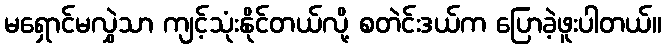
မရှောင်မလွှဲသာ ကျင့်သုံးနိုင်တယ်လို့ စတဲင်းဒယ်က ပြောခဲ့ဖူးပါတယ်။